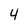
Character: 4